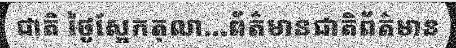
ជាតិ ថ្ងៃស្អែកតុលា...ព័ត៌មានជាតិព័ត៌មាន